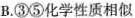
B.③⑤化学性质相似